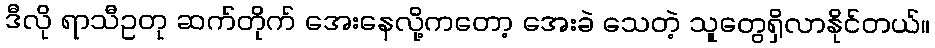
ဒီလို ရာသီဥတု ဆက်တိုက် အေးနေလို့ကတော့ အေးခဲ သေတဲ့ သူတွေရှိလာနိုင်တယ်။